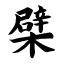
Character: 檗